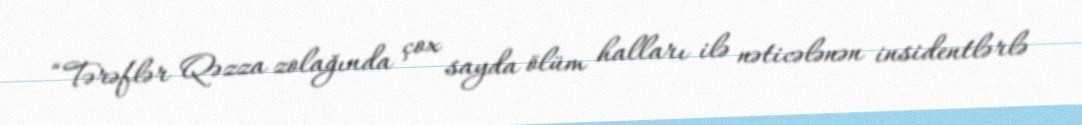
“Tərəflər Qəzza zolağında çox sayda ölüm halları ilə nəticələnən insidentlərlə